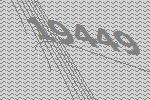
19449